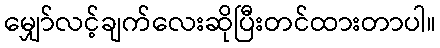
မျှော်လင့်ချက်လေးဆိုပြီးတင်ထားတာပါ။